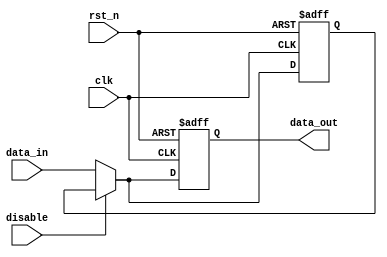
module Disable (
    input wire clk,                // Clock signal
    input wire rst_n,              // Active low reset signal
    input wire disable,            // Control signal to disable the block
    input wire [WIDTH-1:0] data_in, // Input data
    output reg [WIDTH-1:0] data_out // Output data
);
    parameter WIDTH = 8;           // Width of the data bus

    // Internal register to hold the last valid output
    reg [WIDTH-1:0] last_valid_output;

    always @(posedge clk or negedge rst_n) begin
        if (!rst_n) begin
            // Reset condition
            data_out <= 0;
            last_valid_output <= 0;
        end else if (disable) begin
            // Maintain last valid output when disabled
            data_out <= last_valid_output;
        end else begin
            // Normal operation: process input data
            last_valid_output <= data_in; // Store the last valid output
            data_out <= data_in;          // Output the current input
        end
    end

endmodule